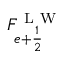
F _ { e + \frac { 1 } { 2 } } ^ { \mathrm { ~ L ~ W ~ } }